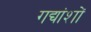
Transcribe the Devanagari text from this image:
गद्यांशों